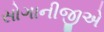
સોગાનીજીએ